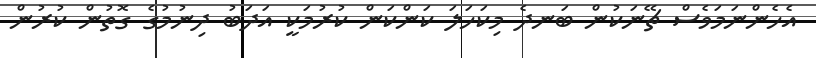
އެހެންނަމަވެސް ޗޭނަކުން ބަނދެ މިކަހަލަ ކަންކަން ކުރުމަކީ އަދަބު ދިނުމުގެ ގޮތުން ކުރުން